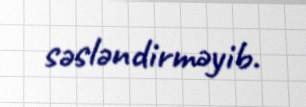
səsləndirməyib.